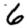
Digit: 6